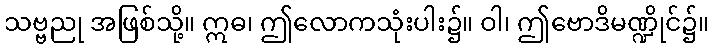
သဗ္ဗညု အဖြစ်သို့။ ဣဓ၊ ဤလောကသုံးပါး၌။ ဝါ၊ ဤဗောဒိမဏ္ဍိုင်၌။